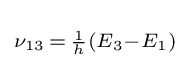
\scriptstyle \nu _{13}\,=\,{\frac {1}{h}}\left(E_{3}-E_{1}\right)